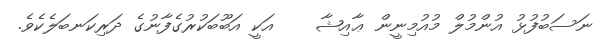
ނަސަބުފުޅު އުންމުލް މުއުމިނީން ޢާއިޝާ    އަކީ އަބޫބަކުރުގެފާނުގެ ދަރިކަނބަލެކެވެ.